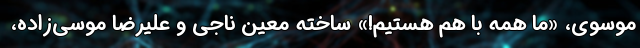
موسوی، «ما همه با هم هستیم!» ساخته معین ناجی و علیرضا موسی‌زاده،